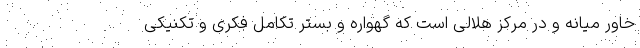
خاور میانه و در مرکز هلالی است که گهواره و بستر تکامل فکری و تکنیکی